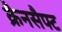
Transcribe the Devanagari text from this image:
क्रैनसैफ्ट